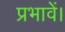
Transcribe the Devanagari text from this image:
प्रभावें।